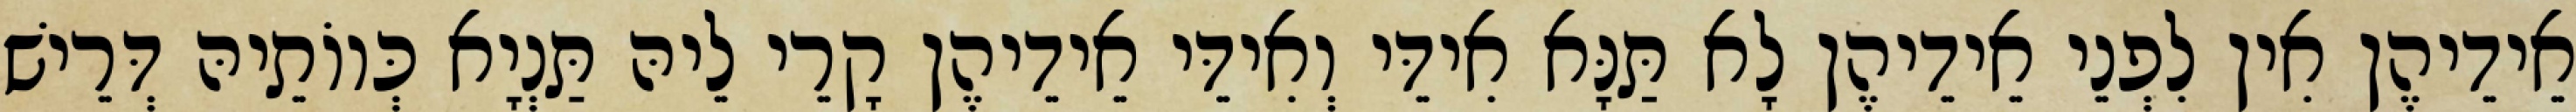
אֵידֵיהֶן אִין לִפְנֵי אֵידֵיהֶן לָא תַּנָּא אִידֵּי וְאִידֵּי אֵידֵיהֶן קָרֵי לֵיהּ תַּנְיָא כְּווֹתֵיהּ דְּרֵישׁ